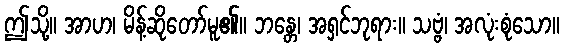
ဤသို့။ အာဟ၊ မိန့်ဆိုတော်မူ၏။ ဘန္တေ၊ အရှင်ဘုရား။ သဗ္ဗံ၊ အလုံးစုံသော။